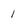
Character: 1